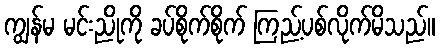
ကျွန်မ မင်းညိုကို ခပ်စိုက်စိုက် ကြည့်ပစ်လိုက်မိသည်။